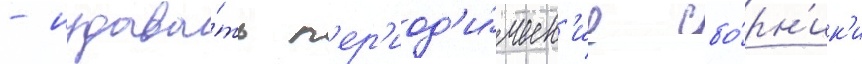
- издава́ть п'ер'иод'и́ческ'ие сбо́рн'ик'и